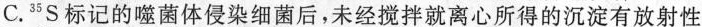
C.^{35}S标记的噬菌体侵染细菌后，未经搅拌就离心所得的沉淀有放射性